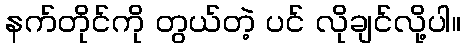
နက်တိုင်ကို တွယ်တဲ့ ပင် လိုချင်လို့ပါ။